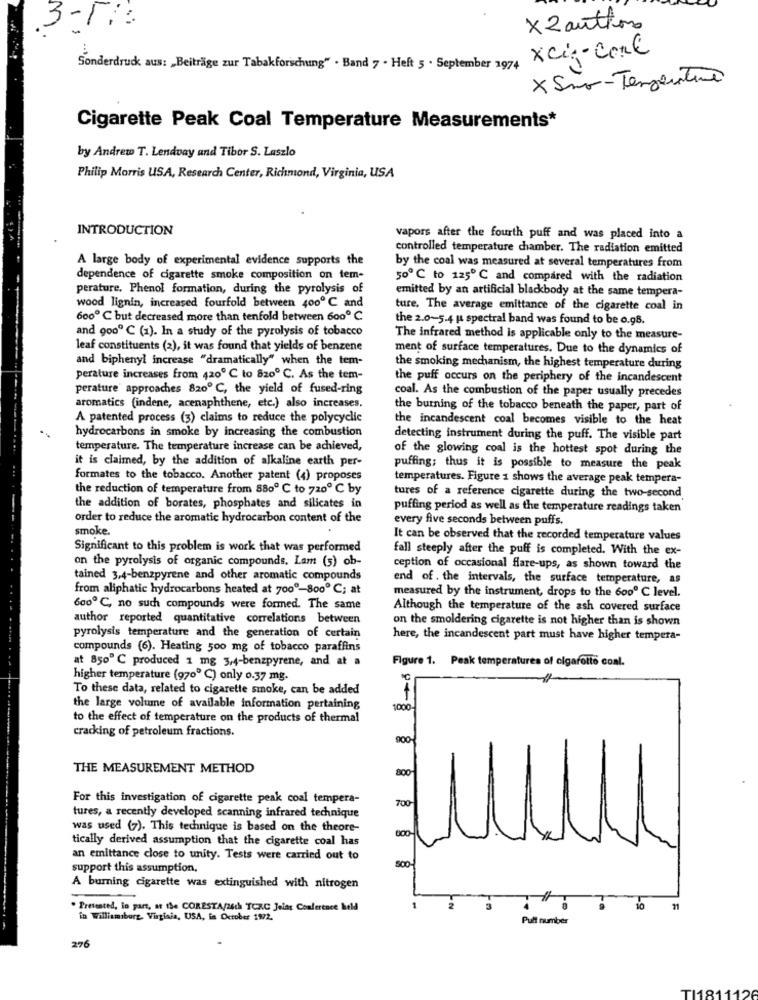
X 2 authon
xci :- core
Sonderdruck aus: „Beiträge zur Tabakforschung" . Band 7 . Heft 5 . September 1974
x Sino-TengenTino
Cigarette Peak Coal Temperature Measurements*
by Andrew T. Lendvay and Tibor S. Laszlo
Philip Morris USA, Research Center, Richmond, Virginia, USA
INTRODUCTION
vapors after the fourth puff and was placed into a
controlled temperature chamber. The radiation emitted
A large body of experimental evidence supports the
by the coal was measured at several temperatures from
dependence of cigarette smoke composition on tem-
500 ℃ to 125 ℃ and compared with the radiation
perature. Phenol formation, during the pyrolysis of
emitted by an artificial blackbody at the same tempera-
wood lignin, increased fourfold between 400℃ and
ture. The average emittance of the cigarette coal in
600 ℃ but decreased more than tenfold between 6000 ℃
the 2.0-5.4 pt spectral band was found to be 0.98.
and 9000 ℃ (1). In a study of the pyrolysis of tobacco
The infrared method is applicable only to the measure-
leaf constituents (2), it was found that yields of benzene
ment of surface temperatures. Due to the dynamics of
and bipheny! increase "dramatically" when the tem-
the smoking mechanism, the highest temperature during
perature increases from 4200 ℃ to 8200 ℃. As the tem-
the puff occurs on the periphery of the incandescent
perature' approaches 8200 ℃, the yield of fused-ring
coal. As the combustion of the paper usually precedes
aromatics (indene, acenaphthene, etc.) also increases.
the burning of the tobacco beneath the paper, part of
A patented process (3) claims to reduce the polycyclic
the incandescent coal becomes visible to the heat
hydrocarbons in smoke by increasing the combustion
detecting instrument during the puff. The visible part
temperature. The temperature increase can be achieved,
of the glowing coal is the hottest spot during the
it is claimed, by the addition of alkaline earth per-
puffing; thus it is possible to measure the peak
formates to the tobacco. Another patent (4) proposes
temperatures. Figure 1 shows the average peak tempera-
the reduction of temperature from 8800 ℃ to 720 ℃ by
tures of a reference cigarette during the two-second
the addition of borates, phosphates and silicates in
puffing period as well as the temperature readings taken
order to reduce the aromatic hydrocarbon content of the
every five seconds between puffs.
smoke.
It can be observed that the recorded temperature values
Significant to this problem is work that was performed
fall steeply after the puff is completed. With the ex-
on the pyrolysis of organic compounds. Lam (5) ob-
ception of occasional flare-ups, as shown toward the
tained 3,4-benzpyrene and other aromatic compounds
end of . the intervals, the surface temperature, as
from aliphatic hydrocarbons heated at 7000-800 ℃; at
measured by the instrument, drops to the 6000 ℃ level.
6000 ℃, no such compounds were formed. The same
Although the temperature of the ash covered surface
author reported quantitative correlations between
on the smoldering cigarette is not higher than is shown
pyrolysis temperature and the generation of certain
here, the incandescent part must have higher tempera-
compounds (6). Heating 500 mg of tobacco paraffins
at 850 ℃ produced 1 mg 3,4-benzpyrene, and at a
Figure 1. Peak temperatures of cigarolio conl.
higher temperature (970 ℃) only o.37 mg.
℃
To these data, related to cigarette smoke, can be added
the large volume of available information pertaining
1000-
to the effect of temperature on the products of thermal
cracking of petroleum fractions.
900-
THE MEASUREMENT METHOD
For this investigation of cigarette peak coal tempera-
700
tures, a recently developed scanning infrared technique
was used (7). This technique is based on the theore-
tically derived assumption that the cigarette coal has
an emittance close to unity. Tests were carried out to
support this assumption,
800
A burning cigarette was extinguished with nitrogen
. Presented, lo part, at the CORESTA/26ch TCRC Joint Conference held
71
in Williamsburg. Virginia, USA, in October 1972.
Puff number
276
TI1811